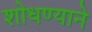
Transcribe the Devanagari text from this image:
शोधण्याने